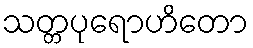
သတ္တပုရောဟိတော